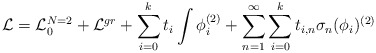
\begin{align*}{\cal L} = {\cal L}_{0}^{N=2} + {\cal L}^{gr} + \sum_{i=0}^{k}t_i \int \phi_{i}^{(2)} + \sum_{n=1}^{\infty} \sum_{i=0}^{k}t_{i,n} \sigma_n(\phi_i)^{(2)}\end{align*}